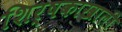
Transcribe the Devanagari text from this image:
शिर्षकाखाली